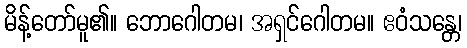
မိန့်တော်မူ၏။ ဘောဂေါတမ၊ အရှင်ဂေါတမ။ ဧဝံသန္တေ၊